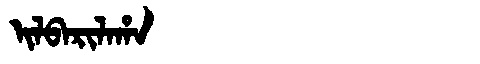
Manchu: ᡳᠯᠪᠠᡵᡳᠯᠠᡥᠠ
Romanization: ILBARILAHA